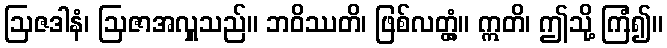
ဩဇဒါနံ၊ ဩဇာအလှူသည်။ ဘဝိဿတိ၊ ဖြစ်လတ္တံ့။ ဣတိ၊ ဤသို့ ကြံ၍။